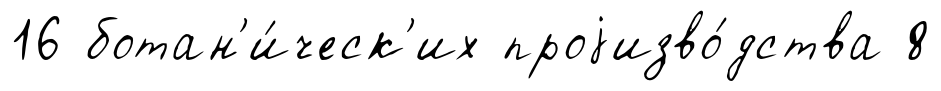
16 ботан'и́ческ'их проjизво́дства 8